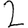
Digit: 2